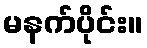
မနက်ပိုင်း။